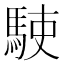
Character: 𩢲